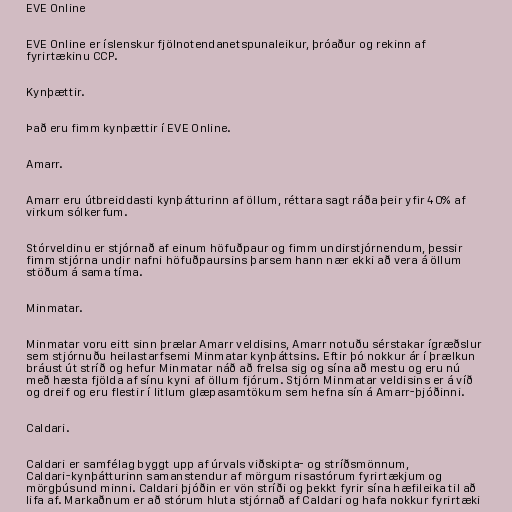
EVE Online

EVE Online er íslenskur fjölnotendanetspunaleikur, þróaður og rekinn af
fyrirtækinu CCP.

Kynþættir.

Það eru fimm kynþættir í EVE Online.

Amarr.

Amarr eru útbreiddasti kynþátturinn af öllum, réttara sagt ráða þeir yfir 40% af
virkum sólkerfum.

Stórveldinu er stjórnað af einum höfuðpaur og fimm undirstjórnendum, þessir
fimm stjórna undir nafni höfuðpaursins þarsem hann nær ekki að vera á öllum
stöðum á sama tíma.

Minmatar.

Minmatar voru eitt sinn þrælar Amarr veldisins, Amarr notuðu sérstakar ígræðslur
sem stjórnuðu heilastarfsemi Minmatar kynþáttsins. Eftir þó nokkur ár í þrælkun
bráust út stríð og hefur Minmatar náð að frelsa sig og sína að mestu og eru nú
með hæsta fjölda af sínu kyni af öllum fjórum. Stjórn Minmatar veldisins er á víð
og dreif og eru flestir í litlum glæpasamtökum sem hefna sín á Amarr-þjóðinni.

Caldari.

Caldari er samfélag byggt upp af úrvals viðskipta- og stríðsmönnum,
Caldari-kynþátturinn samanstendur af mörgum risastórum fyrirtækjum og
mörgþúsund minni. Caldari þjóðin er vön stríði og þekkt fyrir sína hæfileika til að
lifa af. Markaðnum er að stórum hluta stjórnað af Caldari og hafa nokkur fyrirtæki